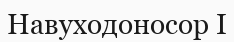
Навуходоносор І